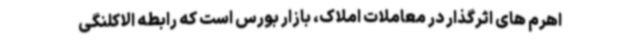
اهرم های اثرگذار در معاملات املاک، بازار بورس است که رابطه الاکلنگی